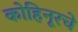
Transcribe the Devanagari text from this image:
कोहिनूरचे